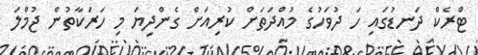
ޓްރެކް ދަނޑުގައި ހަ ދުވަހުގެ މުއްދަތަށް ކުރިއަށް ގެންދިޔަ މި ހަރަކާތުން ޖުމްލަ